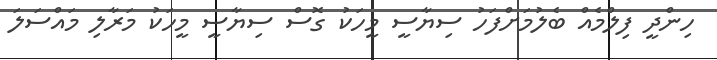
ހިންދީ ފިލްމެއް ބެލުމަށްފަހު ސިޔާސީ މީހަކު ގޮސް ސިޔާސީ މީހަކު މަރާލި މައްސަލަ